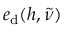
e _ { \mathrm { d } } ( h , \tilde { \nu } )